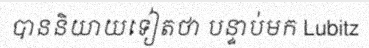
បាននិយាយទៀតថា បន្ទាប់មក Lubitz